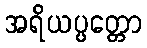
အရိယပ္ပတ္တော